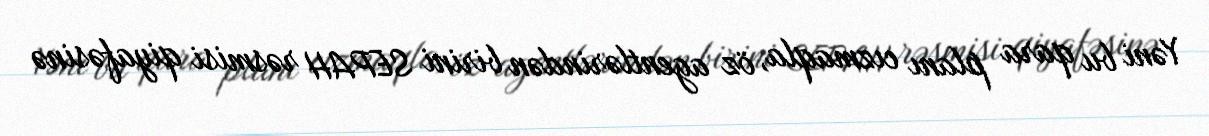
Yəni bu qara planı cızmaqla, öz agentlərindən birini SEPAH rəsmisi qiyafəsinə